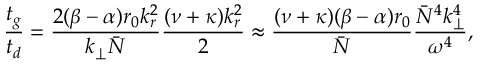
\frac { t _ { g } } { t _ { d } } = \frac { 2 ( \beta - \alpha ) r _ { 0 } k _ { r } ^ { 2 } } { k _ { \perp } \bar { N } } \frac { ( \nu + \kappa ) k _ { r } ^ { 2 } } { 2 } \approx \frac { ( \nu + \kappa ) ( \beta - \alpha ) r _ { 0 } } { \bar { N } } \frac { \bar { N } ^ { 4 } k _ { \perp } ^ { 4 } } { \omega ^ { 4 } } ,